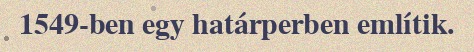
1549-ben egy határperben említik.